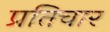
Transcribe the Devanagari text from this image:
प्रतिचार